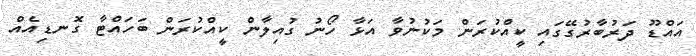
އަައްޑޫ ދަރުބާރުގޭގައި ކީއްކުރަން މަކުނުވާ އަޅާ ހޯނު ގުއިލާން ކީއްކުރަން ބަހައްޓާ ގޮނޑިއެއް